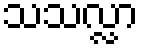
သသလ္လာ